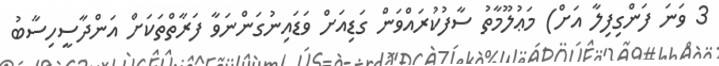
3 ވަނަ ފަންގިފިލާ އަށް) މަޢުލޫމާތު ސާފުކުރައްވަން ގަޑިއަށް ވަޑައިނުގަންނަވާ ފަރާތްތަކަށް އަންދާސީހިސާބު